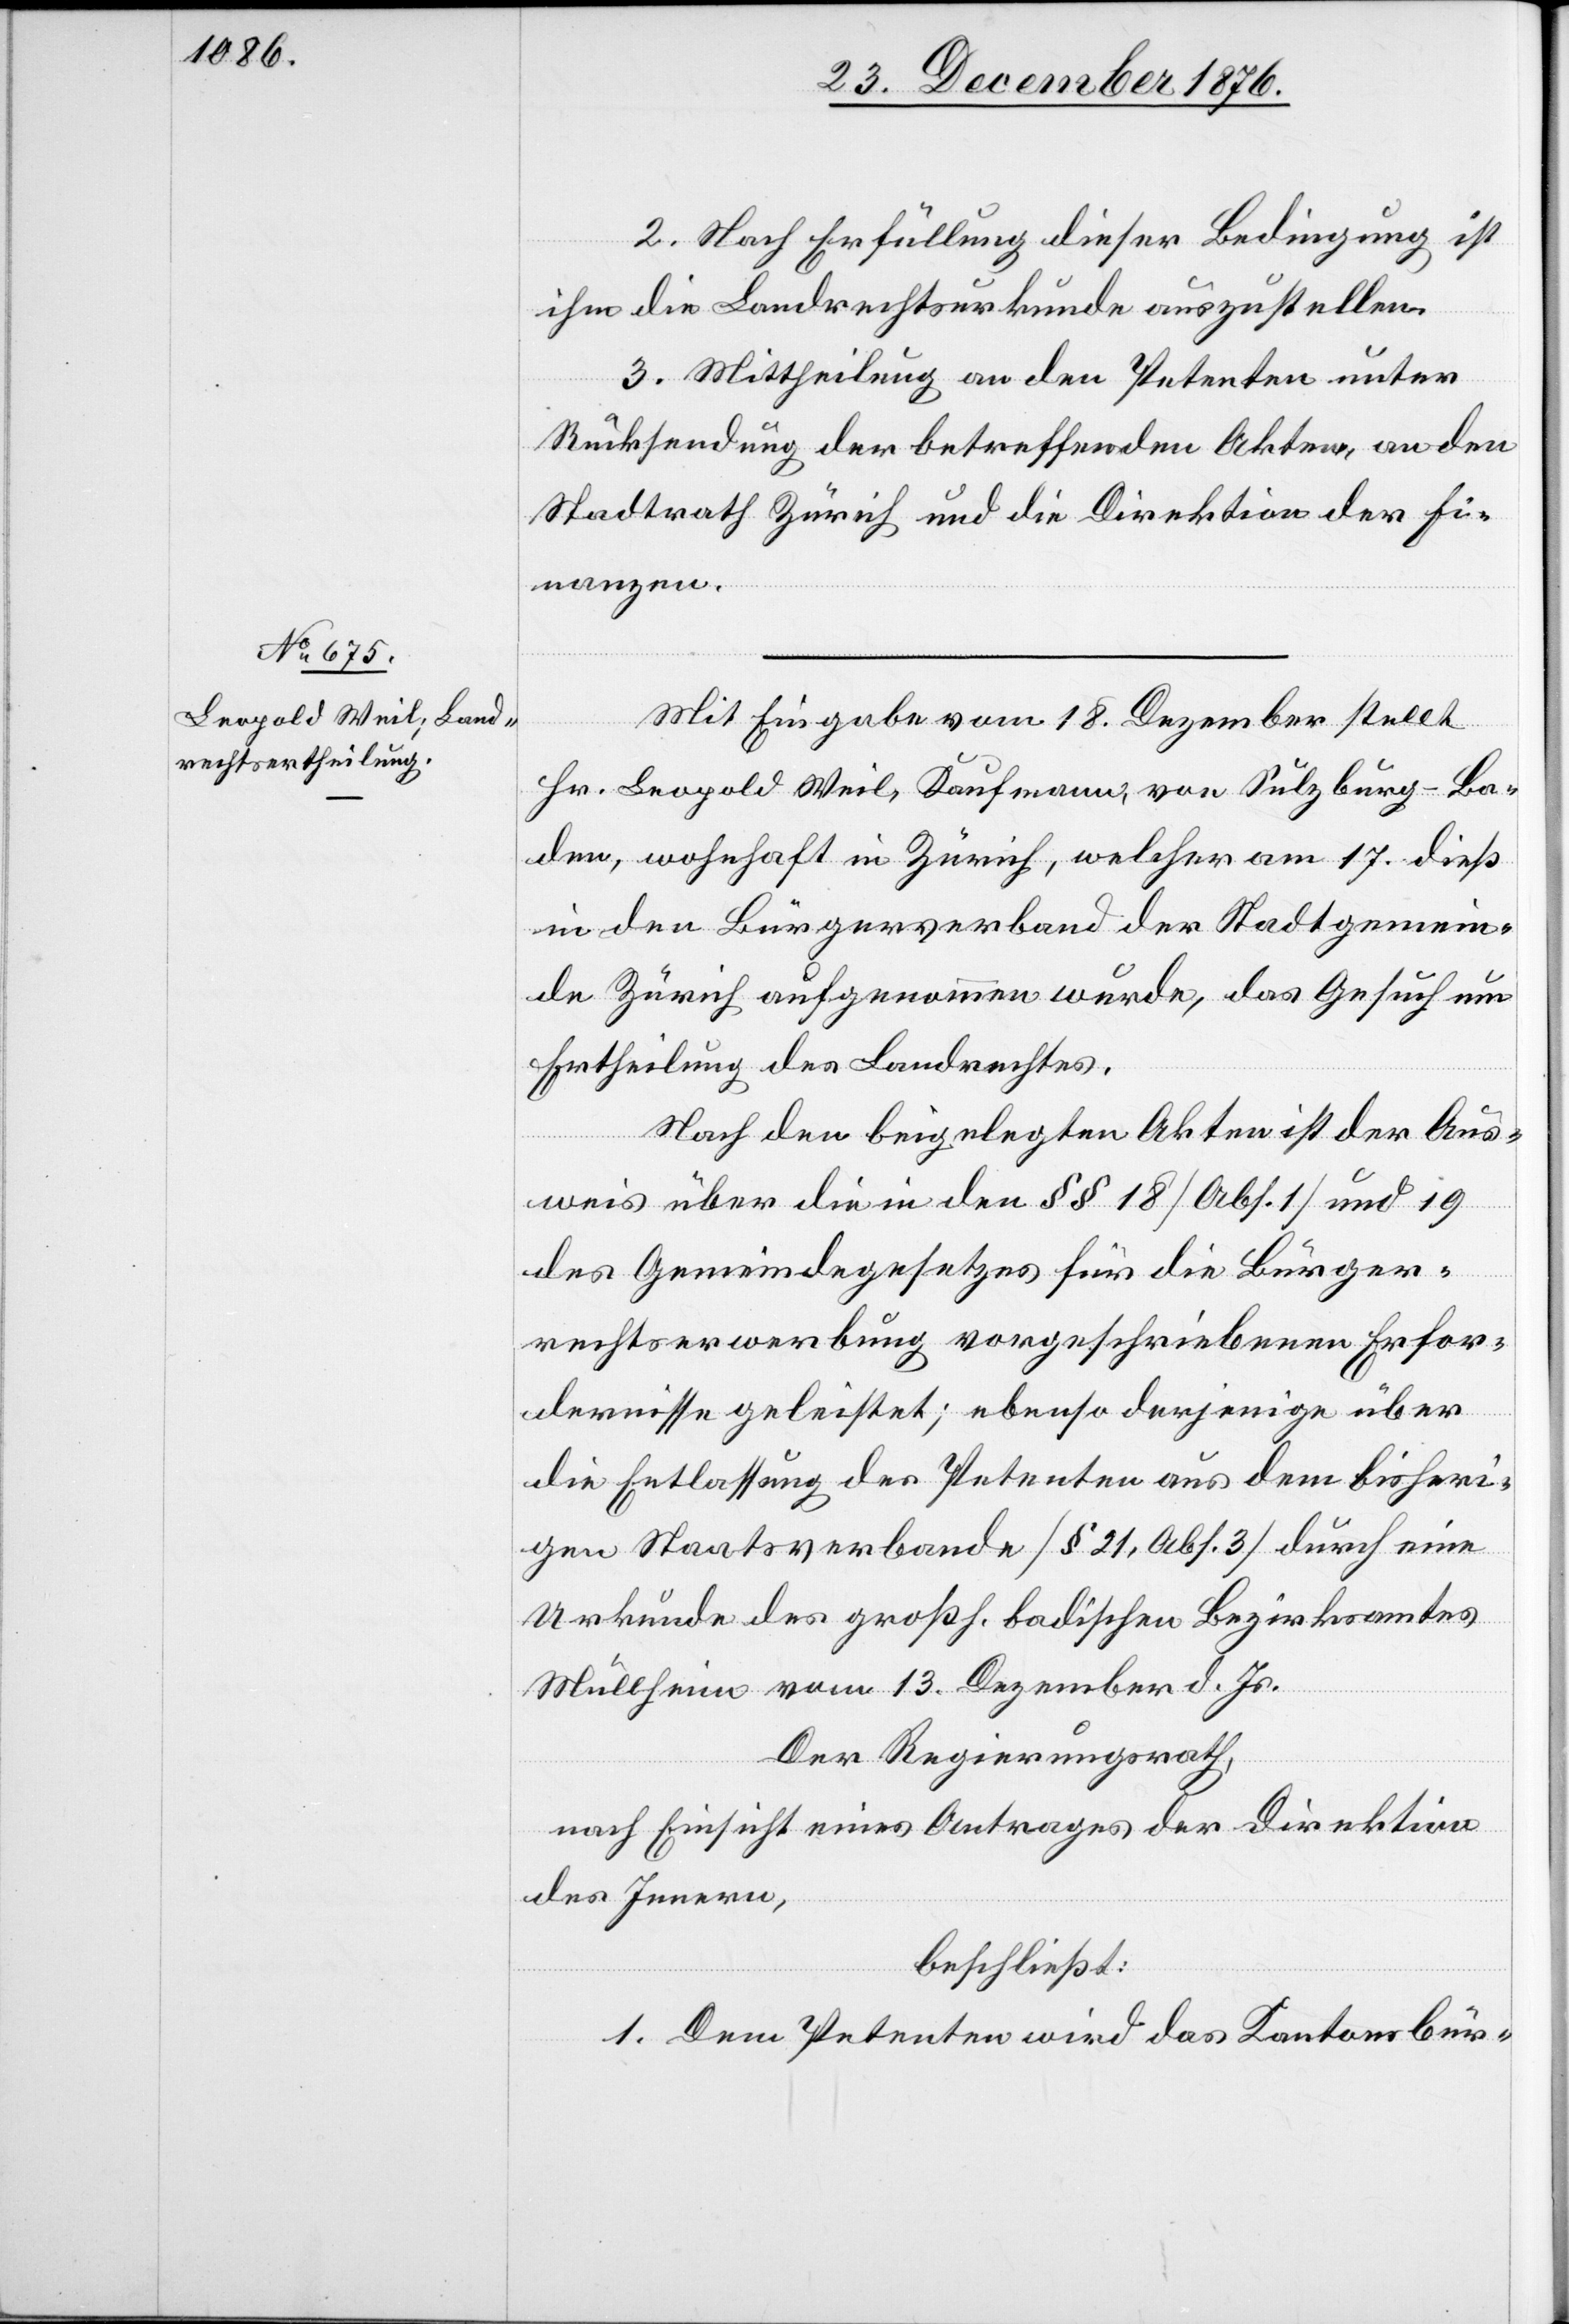
2. Nach Erfüllung dieser Bedingung ist
ihm die Landrechtsurkunde auszustellen.
3. Mittheilung an den Petenten unter
Rücksendung der betreffenden Akten, an den
Stadtrath Zürich und die Direktion der Fi¬
nanzen.
Mit Eingabe vom 18. Dezember stellt
Hr. Leopold Weil, Kaufmann, von Sulzburg - Ba¬
den, wohnhaft in Zürich, welcher am 17. dieß
in den Bürgerverband der Stadtgemein¬
de Zürich aufgenommen wurde, das Gesuch um
Ertheilung des Landrechtes.
Nach den beigelegten Akten ist der Aus¬
weis über die in den §§ 18 [Abs. 1] und 19
des Gemeindegesetzes für die Bürger¬
rechtserwerbung vorgeschriebenen Erfor¬
dernisse geleistet; ebenso derjenige über
die Entlassung des Petenten aus dem bisheri¬
gen Staatsverbande [§ 21, Abs. 3] durch eine
Urkunde des großh. badischen Bezirksamtes
Müllheim vom 13. Dezember d. Js.
Der Regierungsrath,
nach Einsicht eines Antrages der Direktion
des Innern,
beschließt:
1. Dem Petenten wird das Kantonsbür-